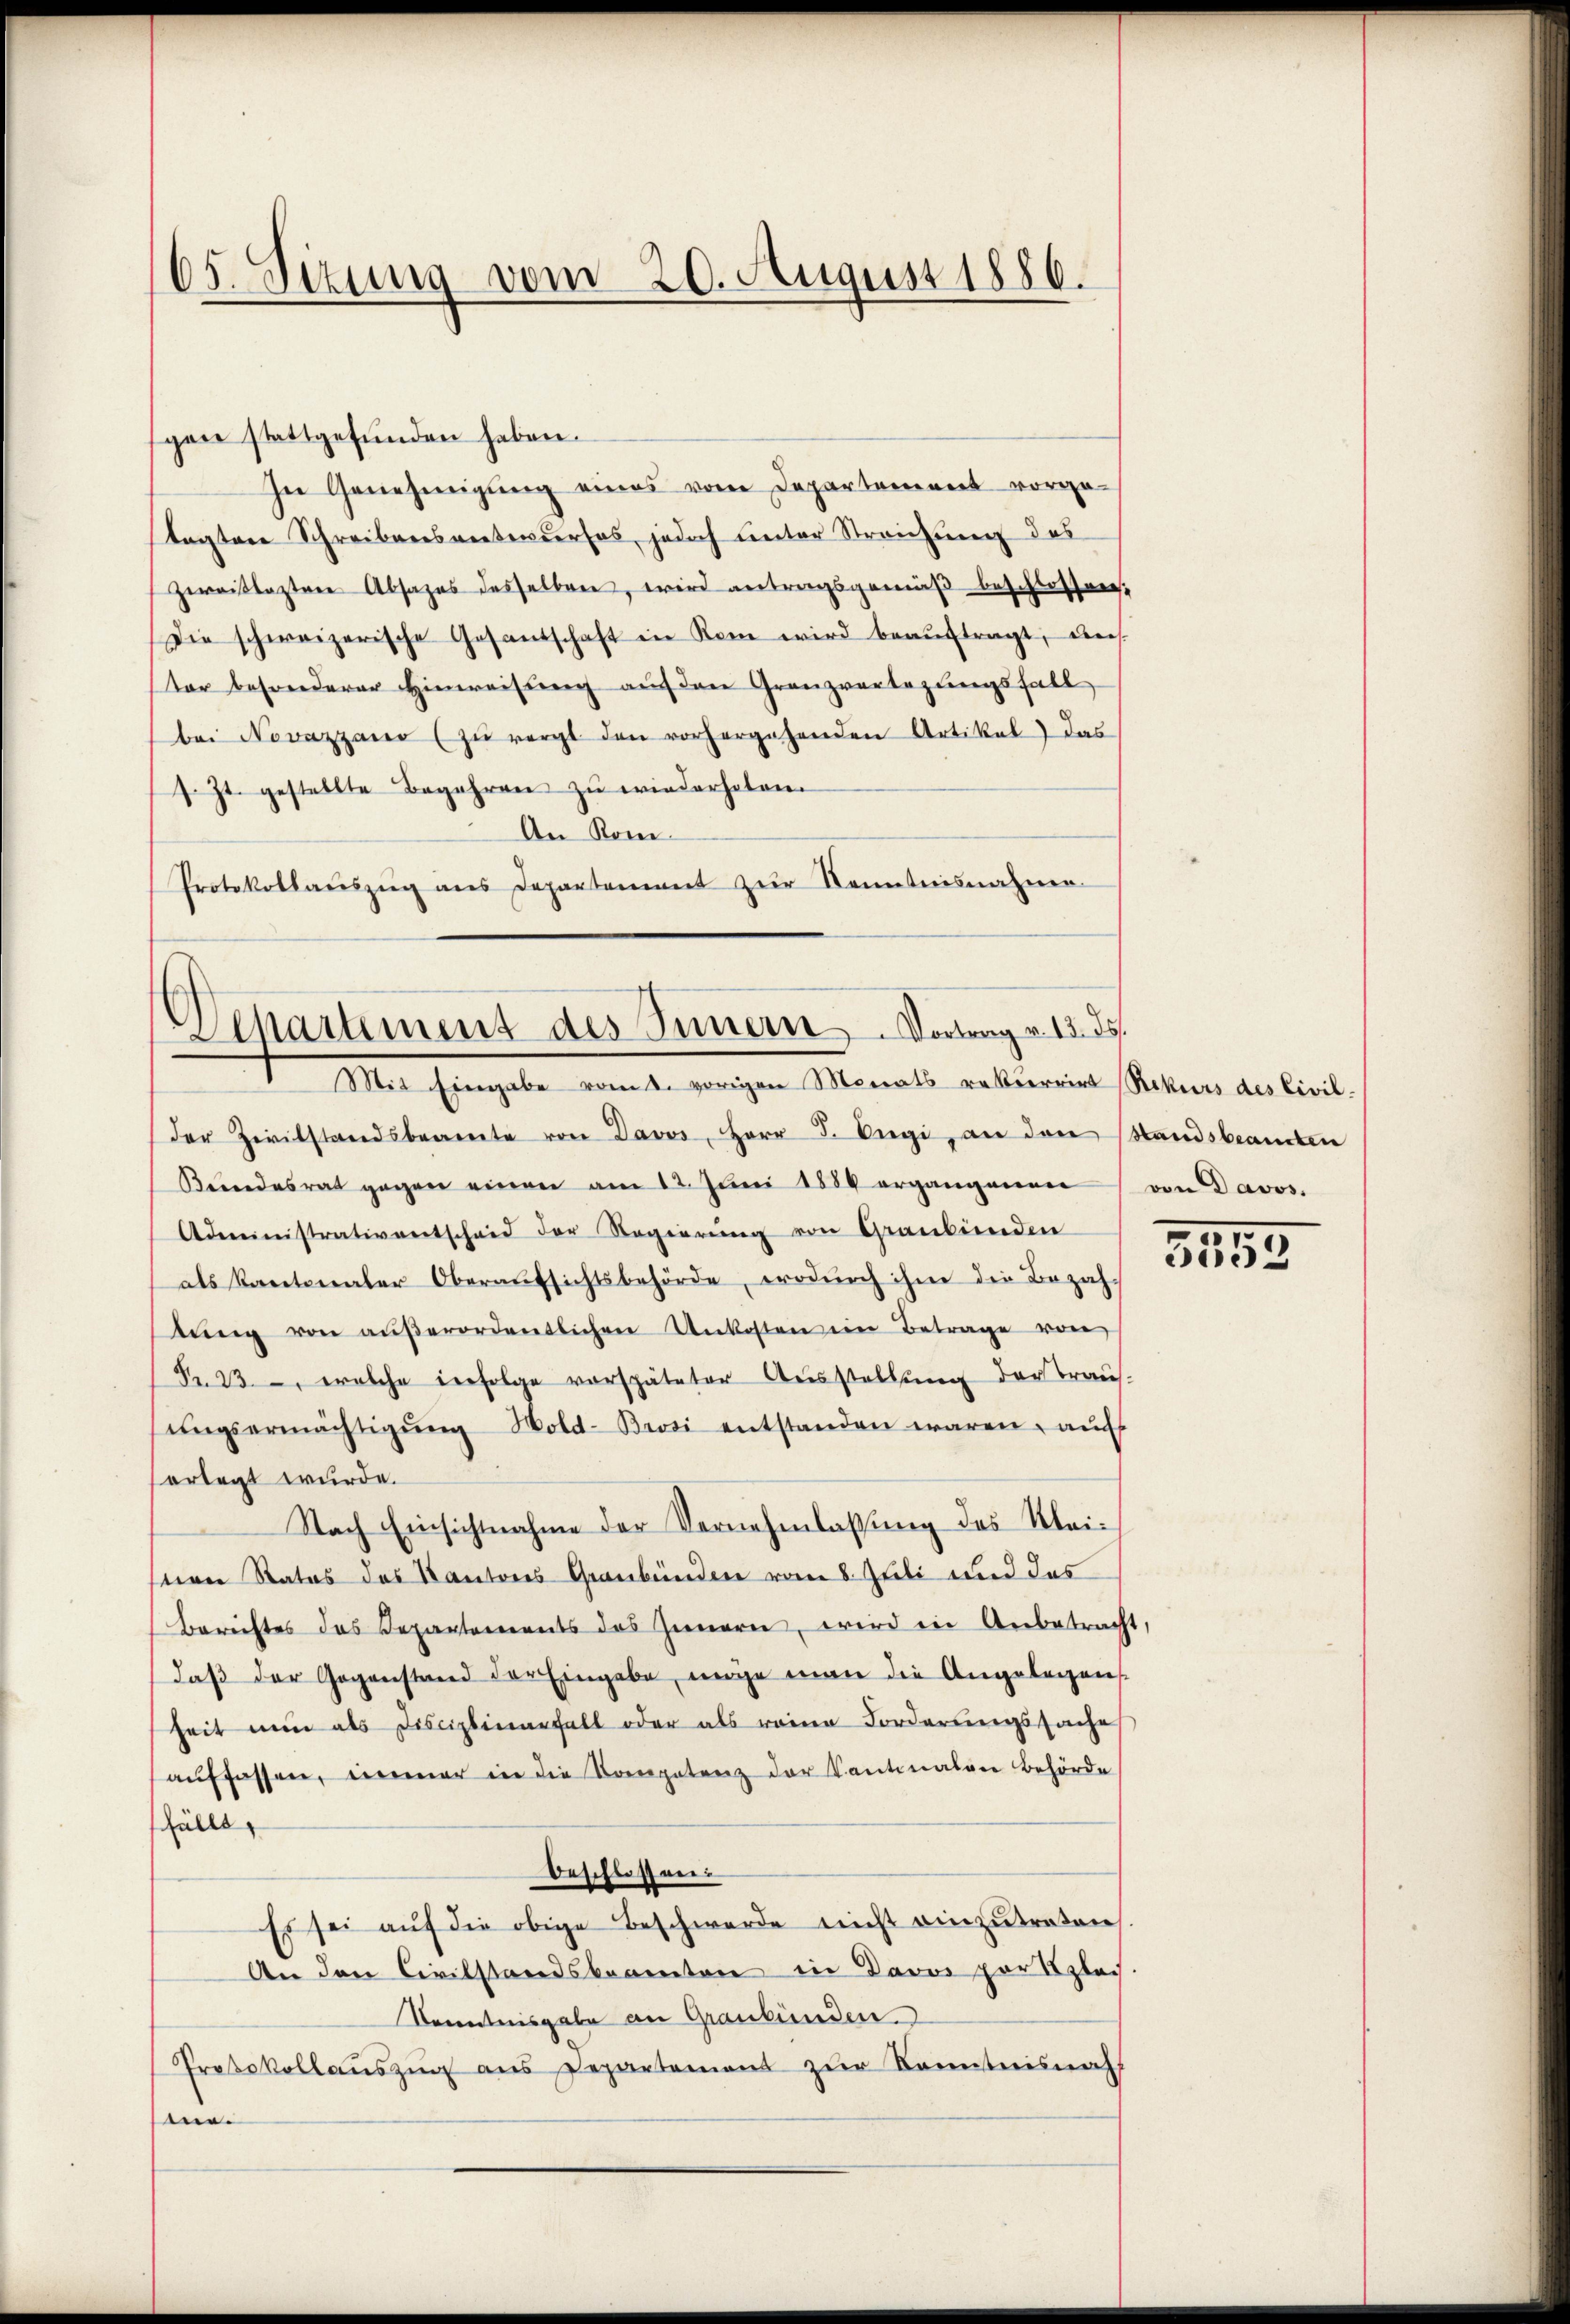
65. Seizung vom 20. August 1886.

gen stattgefunden haben.
In Genehmigŭng eines vom Departement vorge-
tagten Schreibensvertenderses, jedoch unter Streichung des
Zweitesten Absages desselben, wird antragsgemäß beschlossen,
Die schweizerische Gesantschaft in Rom wird beaŭftragt, ders
ter besonderer Hinweisung auf den Granzverbeglingsfall
bei Novazzano (zŭ vergt den vorhergehenden Artikel das
s. Zt. gestellte Begehren zu wiederholen.
An Kom¬
Protokollaŭszŭg ans Departement zur Kenntnisnahmen.

Dehartement des Sinnern Vortrag v. 13. ds.
Mit Eingabe vom 2. vorigen Monats rekurrirt Rekurs des Civil.

der Zivilstandsbeamte von Davos, Herr J. Aegi, an den Standsbeamten
Bundesrat gegen einen am 12. Jŭni 1884 ergangenen (von Davos.
Administrativentschaid der Regierŭng von Graubünden
als Kantonaler Oberaŭfsichtsbehörde, wodŭrch ihm die Bezah-
tŭng von aŭβerordentlichen Unkosten im Betrage von
Nr. 23. welche infolge verspäteter Aŭsstellŭng der Traus-
ŭngsermächtigŭng Wold-Brosi entstanden waren, auf
erlegt wurde.
Nach Einsichtnahme der Vernehmlassung des Kleisern Rates des Kantons Graubünden vom 8. Ateli und das
Berichtes das Separtements des Innern, wird in Anbetracht,
daβ der Gegenstand der Eingabe, möge man die Angelegens
heit nun als Fisciplinenfall oder als reine Forderŭngssache
aŭffassen, immer in die Kompetenz der Kantonalen Behörde
fällt,
beschlossen.
Es sei aŭf die obige Beschwerde nicht einzutreten
An den Civilstandsbeamten in Davos partizlei
Kenntnisgabe an Graubünden.
Protokollaŭszŭg ans Departement zŭr Kenntnisnah
e.

5

3059